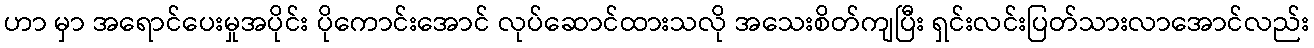
ဟာ မှာ အရောင်ပေးမှုအပိုင်း ပိုကောင်းအောင် လုပ်ဆောင်ထားသလို အသေးစိတ်ကျပြီး ရှင်းလင်းပြတ်သားလာအောင်လည်း